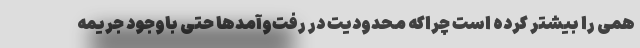
همی را بیشتر کرده است چراکه محدودیت در رفت‌وآمدها حتی باوجود جریمه